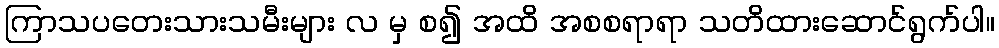
ကြာသပတေးသားသမီးများ လ မှ စ၍ အထိ အစစရာရာ သတိထားဆောင်ရွက်ပါ။